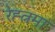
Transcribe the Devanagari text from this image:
रेह्त्नमा